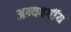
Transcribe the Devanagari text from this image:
अन्यवर्गीय